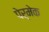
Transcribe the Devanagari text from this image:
पेर्मेक